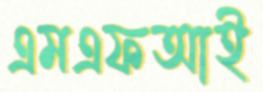
এমএফআই